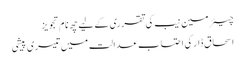
چیئرمین نیب کی تقرری کے لیے چھ نام تجویز
اسحاق ڈار کی احتساب عدالت میں تیسری پیشی